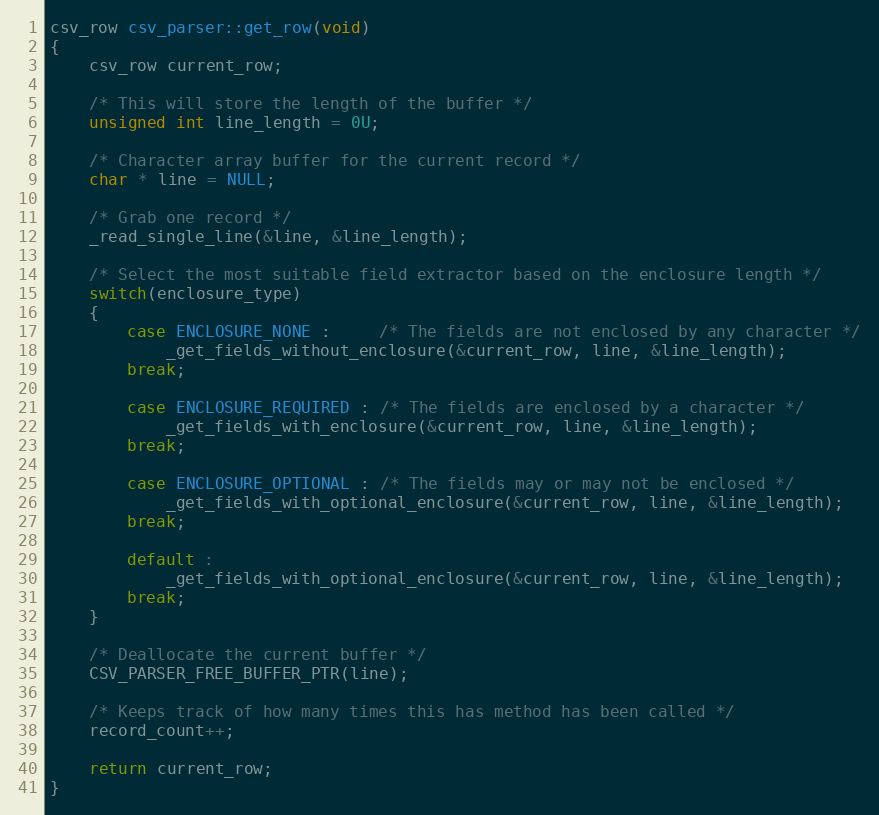
Language: C++
csv_row csv_parser::get_row(void)
{
	csv_row current_row;

	/* This will store the length of the buffer */
	unsigned int line_length = 0U;

	/* Character array buffer for the current record */
	char * line = NULL;

	/* Grab one record */
	_read_single_line(&line, &line_length);

	/* Select the most suitable field extractor based on the enclosure length */
	switch(enclosure_type)
	{
		case ENCLOSURE_NONE : 	 /* The fields are not enclosed by any character */
			_get_fields_without_enclosure(&current_row, line, &line_length);
		break;

		case ENCLOSURE_REQUIRED : /* The fields are enclosed by a character */
			_get_fields_with_enclosure(&current_row, line, &line_length);
		break;

		case ENCLOSURE_OPTIONAL : /* The fields may or may not be enclosed */
			_get_fields_with_optional_enclosure(&current_row, line, &line_length);
		break;

		default :
			_get_fields_with_optional_enclosure(&current_row, line, &line_length);
		break;
	}

	/* Deallocate the current buffer */
	CSV_PARSER_FREE_BUFFER_PTR(line);

	/* Keeps track of how many times this has method has been called */
	record_count++;

	return current_row;
}